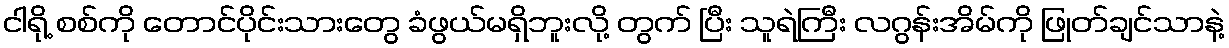
ငါရို့ စစ်ကို တောင်ပိုင်းသားတွေ ခံဖွယ်မရှိဘူးလို့ တွက် ပြီး သူရဲကြီး လဂွန်းအိမ်ကို ဖြုတ်ချင်သာနဲ့